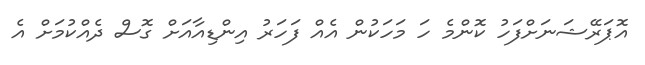
އޮޕަރޭޝަނަށްފަހު ކޮންމެ ހަ މަހަކުން އެއް ފަހަރު އިންޑިއާއަށް ގޮސް ދެއްކުމަށް އެ